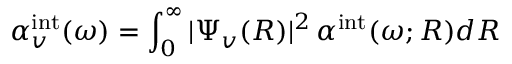
\alpha _ { v } ^ { \mathrm { i n t } } ( \omega ) = \int _ { 0 } ^ { \infty } | \Psi _ { v } ( R ) | ^ { 2 } \, \alpha ^ { \mathrm { i n t } } ( \omega ; R ) d R